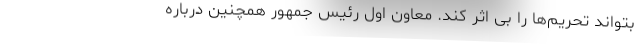
بتواند تحریم‌ها را بی اثر کند. معاون اول رئیس جمهور همچنین درباره